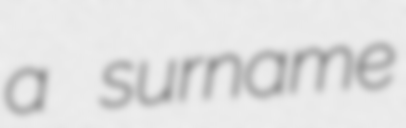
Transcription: a surname